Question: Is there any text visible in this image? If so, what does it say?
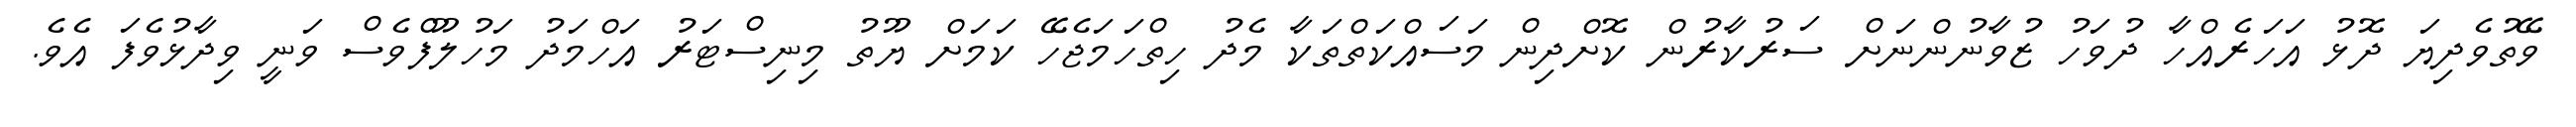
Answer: ވޭތުވެދިޔަ ދޮޅު އަހަރެއްހާ ދުވަހު ޒުވާނުންނަށް ސަރުކާރުން ކޮށްދިން މަސައްކަތްތަކާ މެދު ހިތްހަމަޖެހޭ ކަމަށް ޔޫތު މިނިސްޓަރު އަހްމަދު މަހުލޫފްވެސް ވަނީ ވިދާޅުވެފަ އެވެ.